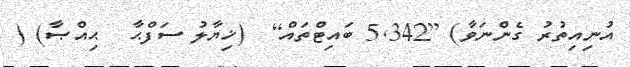
އުނިއިތުރު ގެންނަވާ) [5